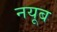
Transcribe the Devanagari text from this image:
नयूब